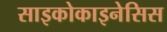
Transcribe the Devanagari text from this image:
साइकोकाइनेसिस